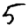
Digit: 5